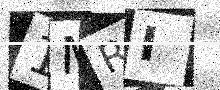
Text: 1MRI